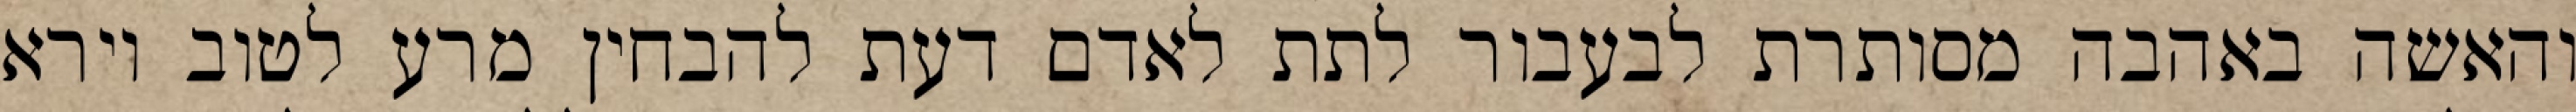
והאשה באהבה מסותרת לבעבור לתת לאדם דעת להבחין מרע לטוב וירא